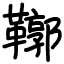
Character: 鞹